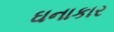
ઘનાકાર